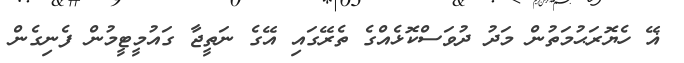
ޣޭ ހެޔޮރަޙުމަތުން މަދު ދުވަސްކޮޅެއްގެ ތެރޭގައި އޭގެ ނަތީޖާ ގައުމީޓީމުން ފެނިގެން